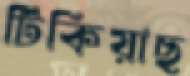
টিকিয়াছ